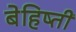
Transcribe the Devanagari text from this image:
बेहिष्ती